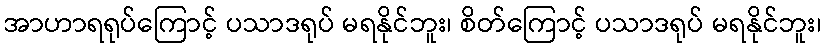
အာဟာရရုပ်ကြောင့် ပသာဒရုပ် မရနိုင်ဘူး၊ စိတ်ကြောင့် ပသာဒရုပ် မရနိုင်ဘူး၊